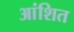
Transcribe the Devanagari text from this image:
आंशित